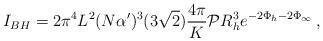
LaTeX: \begin{align*}I_{BH} = 2 \pi^4 L^2 (N \alpha')^{3}(3\sqrt{2}) \frac{4 \pi}{K} {\cal P} R_h^3 e^{-2\Phi_h-2\Phi_\infty} \,,\end{align*}